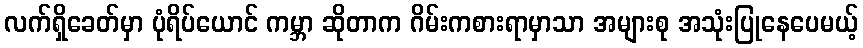
လက်ရှိခေတ်မှာ ပုံရိပ်ယောင် ကမ္ဘာ ဆိုတာက ဂိမ်းကစားရာမှာသာ အများစု အသုံးပြုနေပေမယ့်